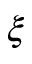
\xi